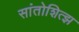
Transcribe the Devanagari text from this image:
सांतोशित्झ